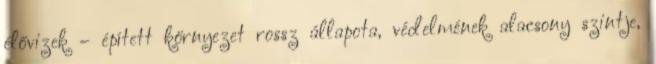
élővizek – épített környezet rossz állapota, védelmének alacsony szintje,